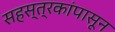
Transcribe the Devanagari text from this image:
सहस्त्रकांपासून